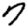
Digit: 7